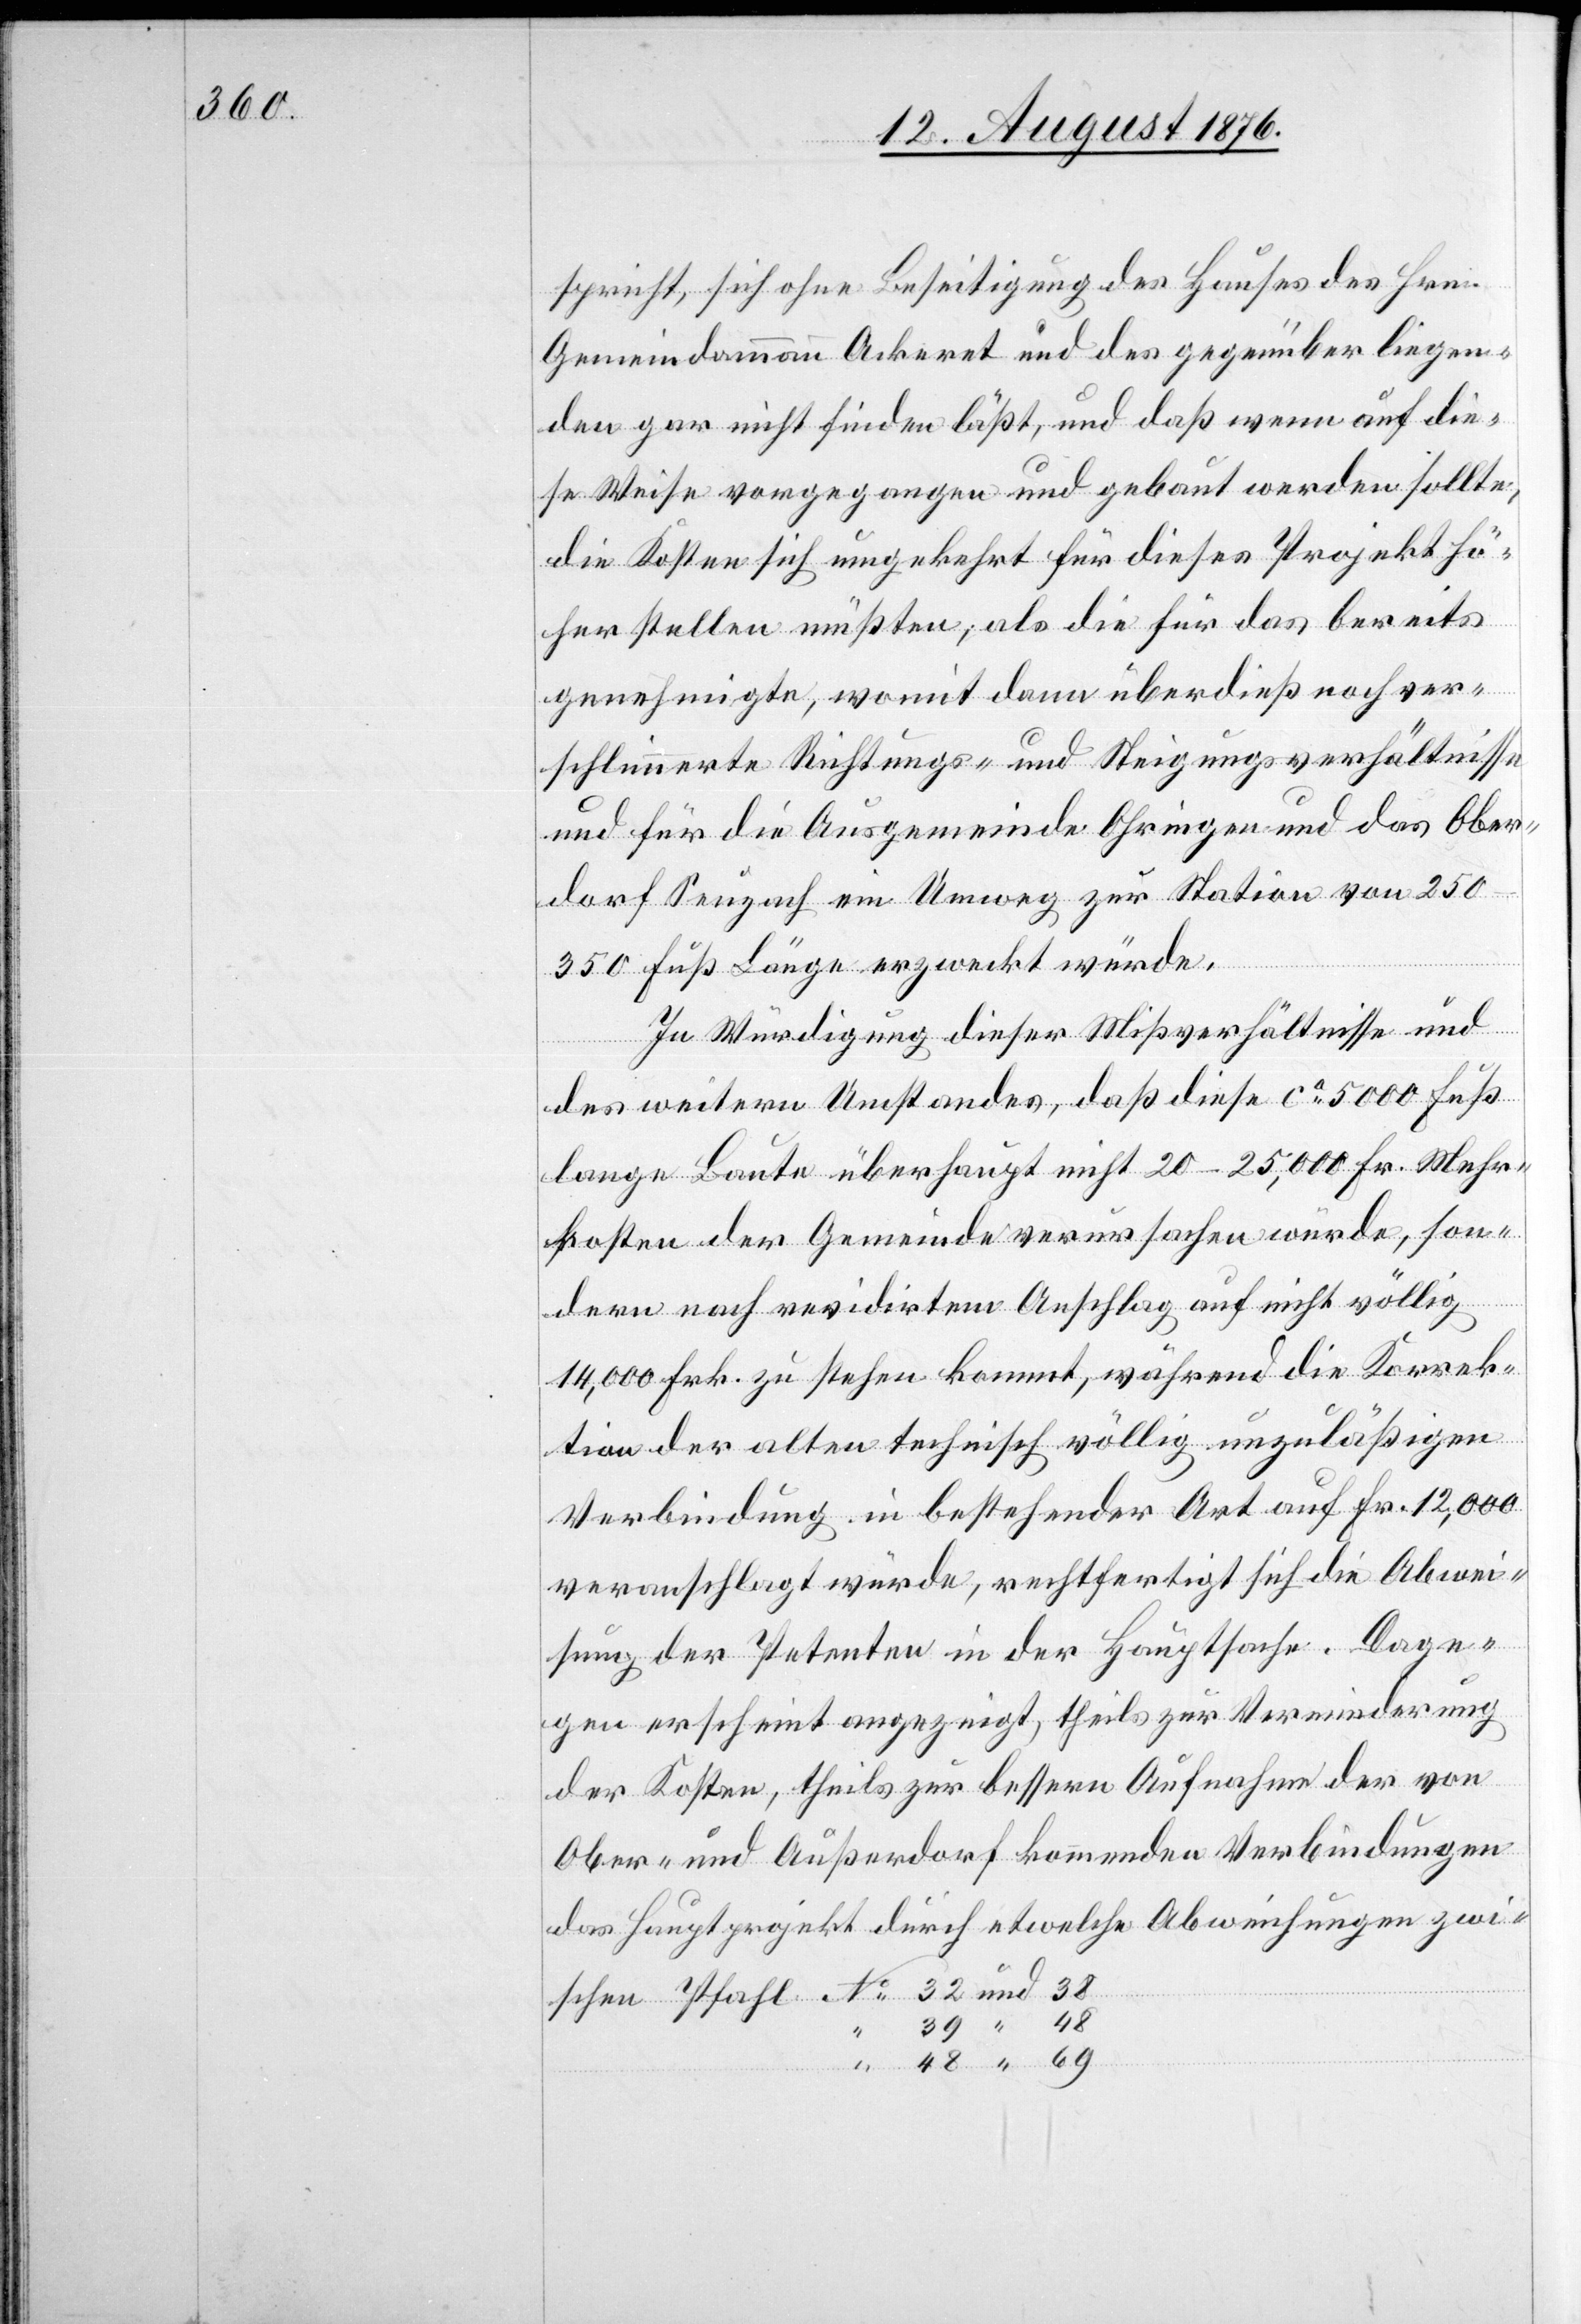
spricht, sich ohne Beseitigung des Hauses des Hrn.
Gemeindammann Ackeret und des gegenüber liegen¬
den gar nicht finden läßt, und daß wenn auf die¬
se Weise vorgegangen und gebaut werden sollte,
die Kosten sich umgekehrt für dieses Projekt hö¬
her stellen müßten, als die für das bereits
genehmigte, womit dann überdieß noch ver¬
schlimmerte Richtungs- und Steigungsverhältnisse
und für die Ausgemeinde Ohringen und das Ober¬
dorf Seuzach ein Umweg zur Station von
250–350 Fuß Länge erzweckt würde.
In Würdigung dieser Mißverhältnisse und
des weitern Umstandes, daß diese ca 5000 Fuß
lange Baute überhaupt nicht 20–25,000 Fr. Mehr¬
kosten der Gemeinde verursachen würde, son¬
schen
dern nach revidirtem Anschlag auf nicht völlig
14,000 Frk. zu stehen kommt, während die Korrek¬
tion der alten technisch völlig unzuläßigen
Verbindung in bestehender Art auf Fr. 12,000
veranschlagt würde, rechtfertigt sich die Abwei¬
sung der Petenten in der Hauptsache. Dage¬
gen erscheint angezeigt, theils zur Verminderung
der Kosten, theils zur bessern Aufnahme der von
Ober- und Außerdorf kommenden Verbindungen
das Hauptprojekt durch etwelche Abweichungen zwi¬
48
69